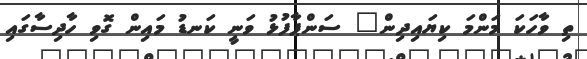
ތި ވާހަކަ މަންމަ ކިޔައިދިން" ސަންޕާފުޅު ވަނީ ކަނޑު މައިން ގޮވި ހާދިސާގައި